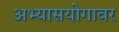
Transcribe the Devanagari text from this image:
अभ्यासयोगावर